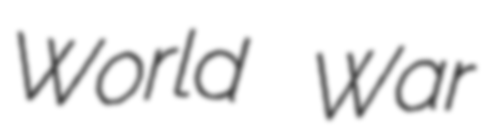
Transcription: World War